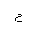
Letter: _gim